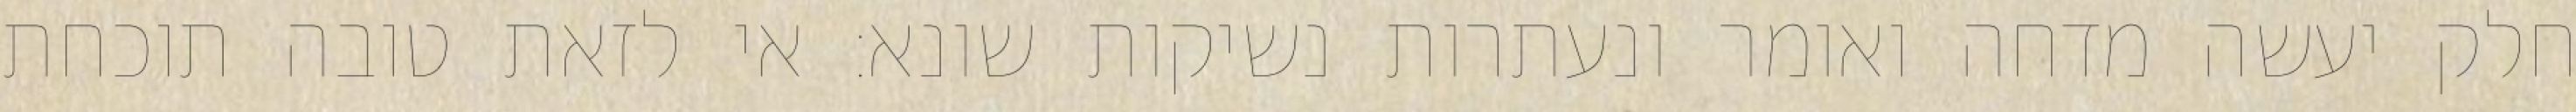
חלק יעשה מדחה ואומר ונעתרות נשיקות שונא: אי לזאת טובה תוכחת